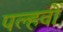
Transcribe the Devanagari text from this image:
पल्हवों